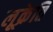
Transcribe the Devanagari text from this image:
लूक्रेति